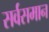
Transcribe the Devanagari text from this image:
सर्वसमान